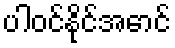
ပါဝင်နိုင်အောင်